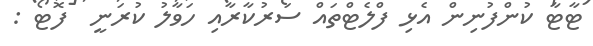
ޓާޓާ ކުންފުނިން އެޅި ފްލެޓްތައް ސަރުކާރާއި ހަވާލު ކުރަނީ  ފޮޓޯ :